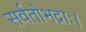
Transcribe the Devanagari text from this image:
सर्वतोभद्राः।